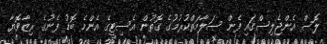
ލޮސް އެންޖެލިސްގައި ފެން ސަލާމަތްކުރުމުގެ ގޮތުން އެސިޓީގެ އެންމެ ބޮޑު ފެނުގެ ރިޒާވޮޔާ